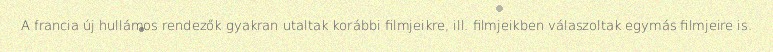
A francia új hullámos rendezők gyakran utaltak korábbi filmjeikre, ill. filmjeikben válaszoltak egymás filmjeire is.